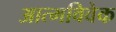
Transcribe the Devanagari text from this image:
आत्मविवेक